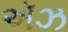
ઍઝ